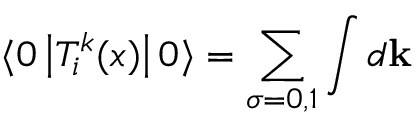
\langle 0 \left| T _ { i } ^ { k } ( x ) \right| 0 \rangle = \sum _ { \sigma = 0 , 1 } \int d { \mathbf k }